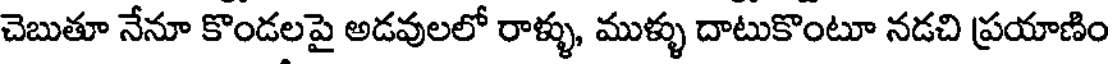
చెబుతూ నేనూ కొండలపై అడవులలో రాళ్ళు, ముళ్ళు దాటుకొంటూ నడచి ప్రయాణిం